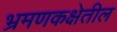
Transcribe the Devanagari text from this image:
भ्रमणकक्षेतील